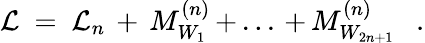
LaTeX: {\cal L}\ =\ {\cal L}_{n}\, +\, M_{W_{1}}^{(n)}\, +\, ...\, +\, M_{W_{2n+1}}^{(n)}\ \ \ .